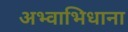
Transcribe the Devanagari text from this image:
अभ्वाभिधाना